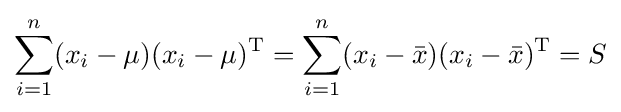
\sum _{i=1}^{n}(x_{i}-\mu )(x_{i}-\mu )^{\mathrm {T} }=\sum _{i=1}^{n}(x_{i}-{\bar {x}})(x_{i}-{\bar {x}})^{\mathrm {T} }=S